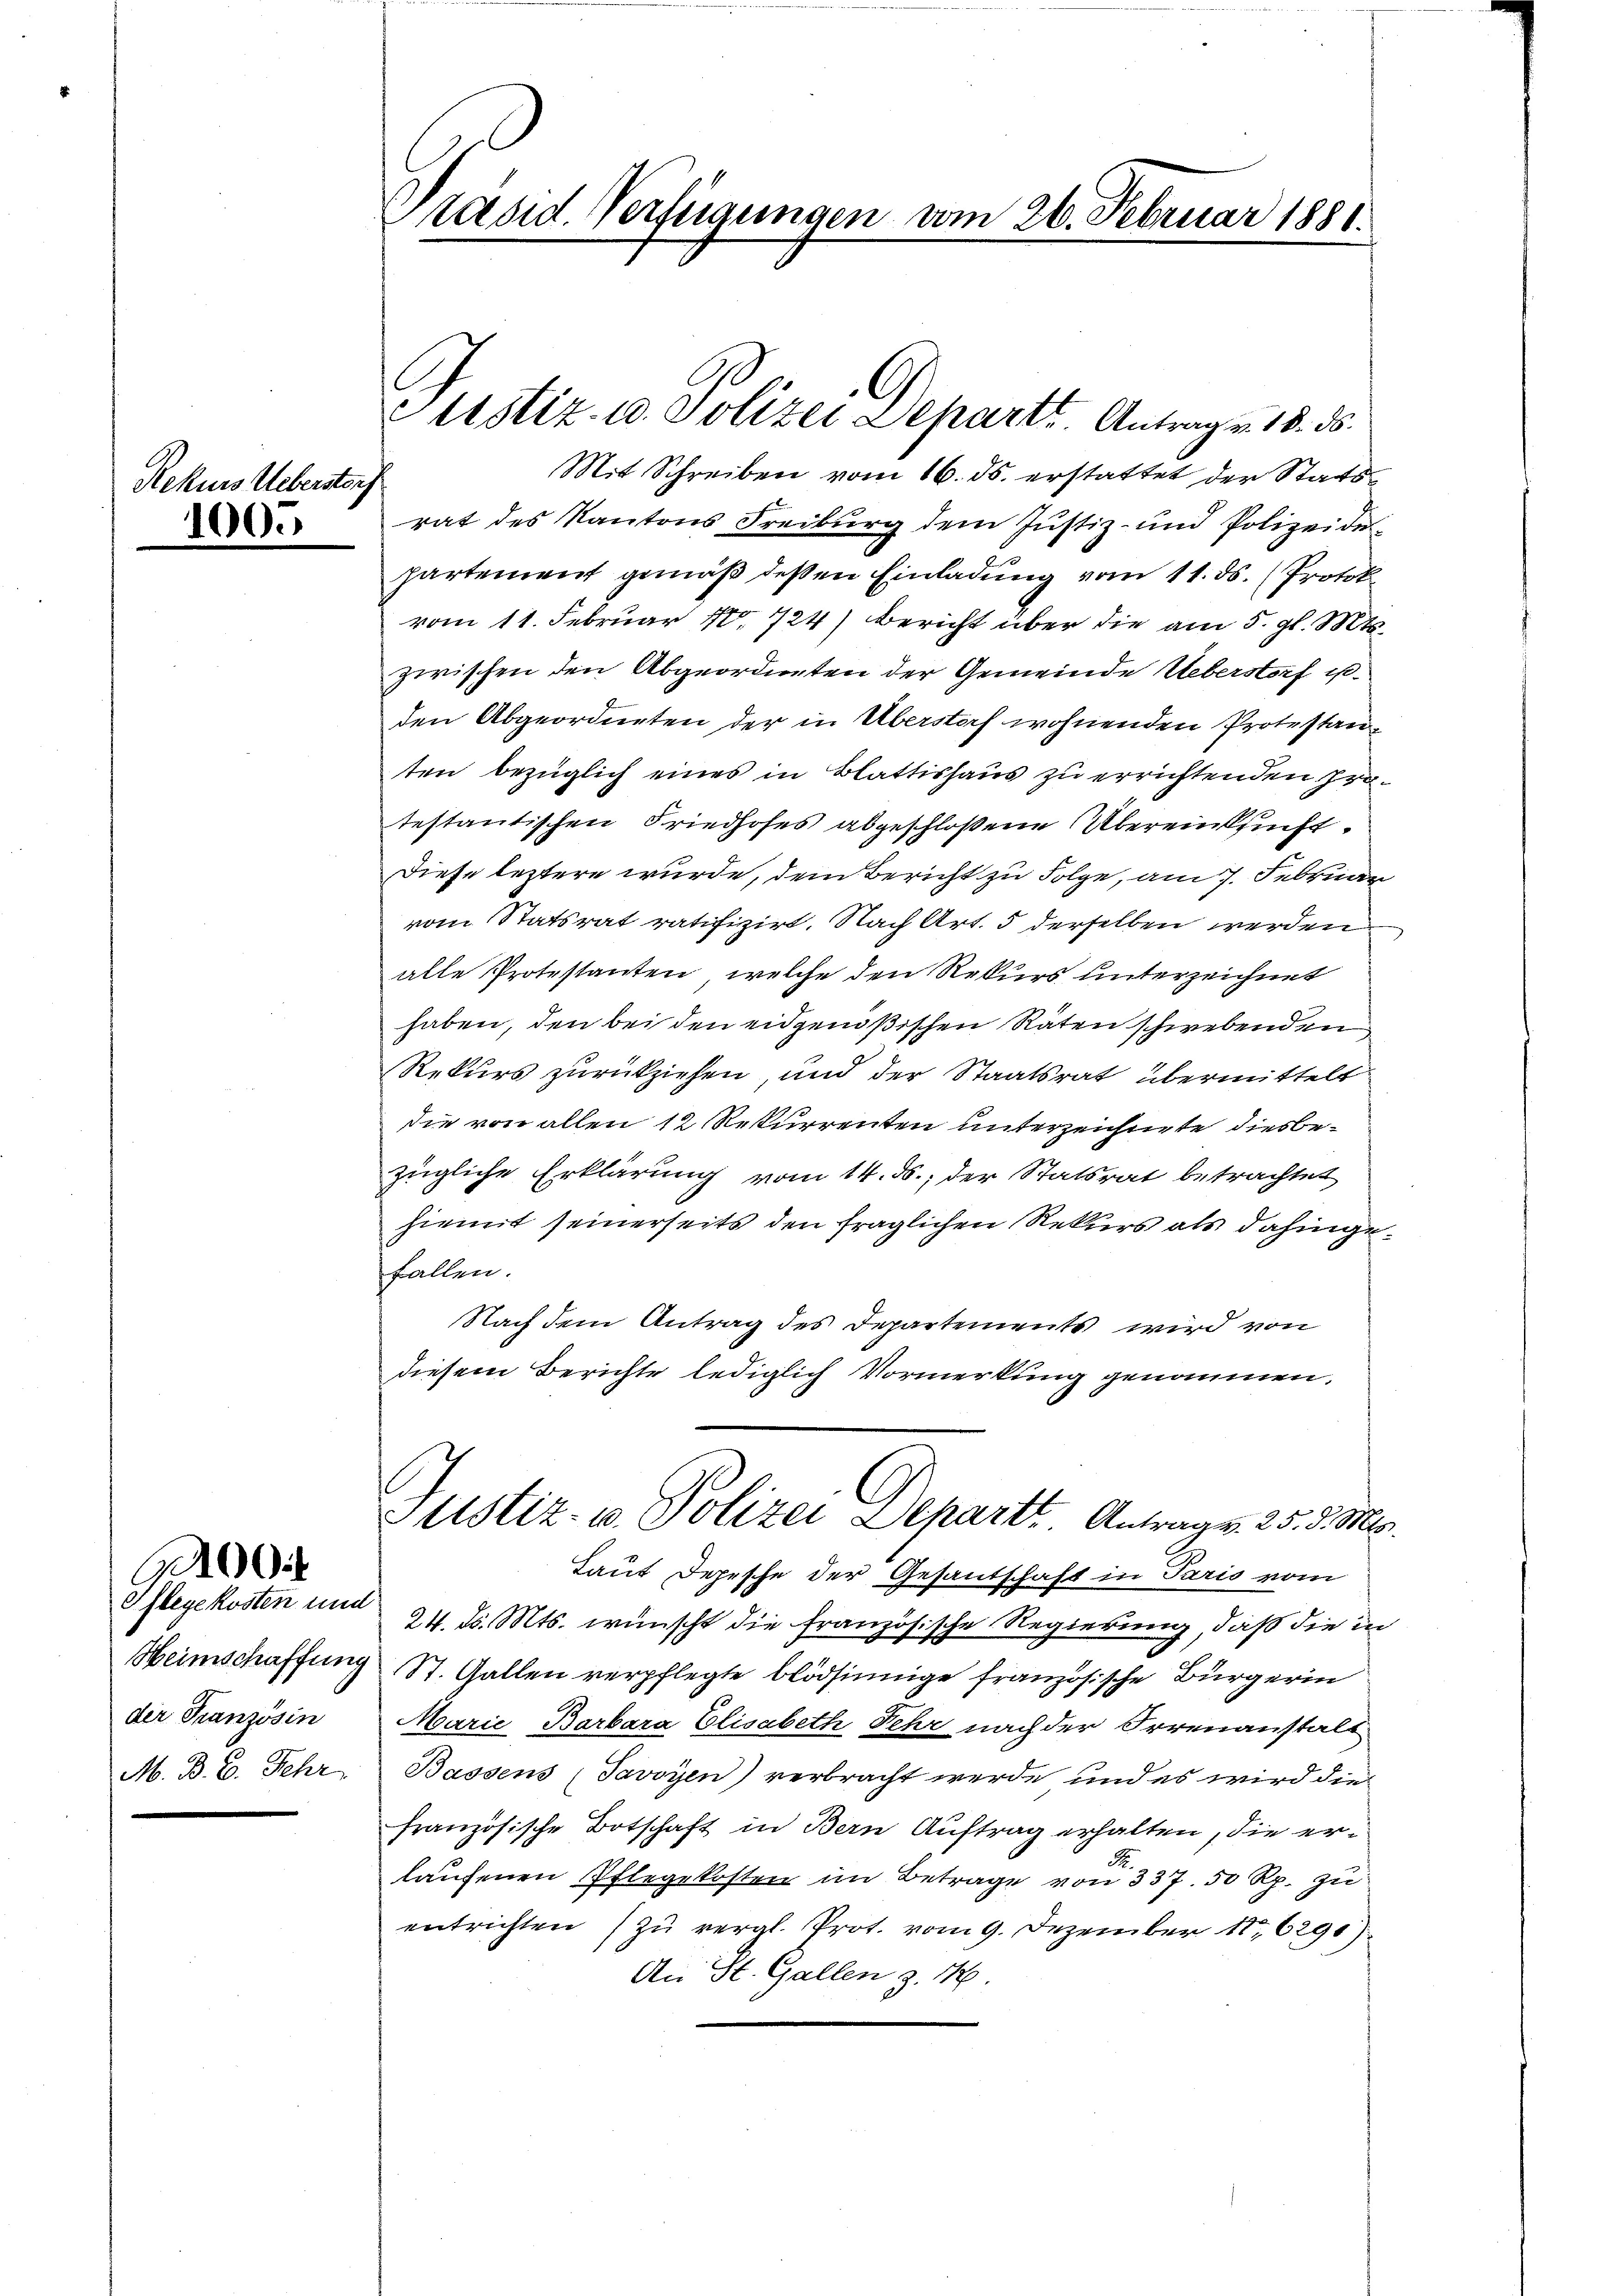
Sehen

10

0

Ueberstorf

Pflegekosten und
Heimschaffung
der Französin
M. B. C. Fehr

räsid. Verfügungen vom 26. Februar 1881.

partement gemäß deßen Einladung vom 11. ds. (Protok
vom 11. Februar 178. 724) Bericht über die am 5. gl. Mts.
zwischen den Abgeordneten der Gemeinde Ueberstorf u.
den Abgeordneten der in Überstorf wohnenden Protestanten bezüglich eines in Blattishaus zu errichtenden Protestantischen Friedhofes abgeschloßene Übereinkunft.
Diese leztere wurde, dem Bericht zu Folge, am 7. Februar
vom Statsrat ratifizirt. Nach Art. 5 derselben werden
alle Protestanten, welche den Rekurs unterzeichnet
haben, den bei den eidgenößischen Räten schwebenden
Rekurs zurückziehen und der Staatsrat übermittelt
die von allen 12 Rekurrenten unterzeichnete diesbezügliche Erklärung vom 14. ds., der Statsrat betrachtet
hiemit seinerseits den fraglichen Rekurs als dahingefallen.
Nach dem Antrag des Departements wird von
diesem Berichte lediglich Vormerkung genommen.

C
PJustiz- u. Polizei Departe. Antrag v. 18. ds.
Mit Schreiben vom 16. ds. erstattet der Staatsrat des Kantons Freiburg dem Justiz- und Polizeide¬

Justiz- u. Polizei Departt. Antrag v. 25. d. Mts.

Laut Depesche der Gesantschaft in Paris vom
24. d. Mts. wünscht die französische Regierung, daß die in
187. Gallen verpflegte blödsinnige französische Bürgerin
Marie Barbara Elisabeth Fehr nach der Irrenanstalt
Bassens (Javoyen) verbracht werde, und es wird die
französische Botschaft in Bern Auftrag erhalten, die er¬
S.
laufenen Pflegekosten im Betrage von 337. 50 Rp. zu
entrichten zu vergl. Prot. vom 9. Dezember 186291)
An St. Gallen z. 1.